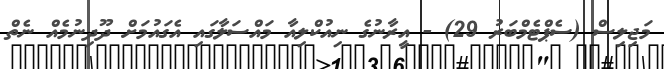
މަޖިލިސް (ސެޕްޓެމްބަރު 29) - އީރާނުގެ ނިއުކްލިއާ މައްސަލާގައި އެގައުމަށް ދޫދިނުމެއް ނެތް